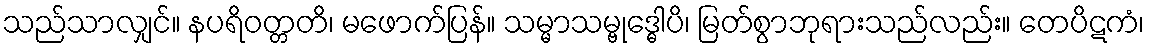
သည်သာလျှင်။ နပရိဝတ္တတိ၊ မဖောက်ပြန်။ သမ္မာသမ္ဗုဒ္ဓေါပိ၊ မြတ်စွာဘုရားသည်လည်း။ တေပိဋကံ၊